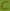
Text: C